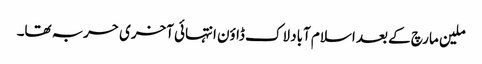
ملین مارچ کے بعد اسلام آباد لاک ڈاؤن انتہائی آخری حربہ تھا۔